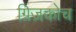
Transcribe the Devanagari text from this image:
ग्रिज़कोच